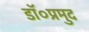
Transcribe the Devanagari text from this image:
डॉ०प्रमुद